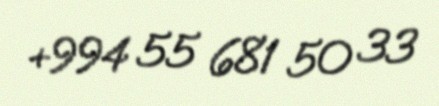
+994 55 681 50 33